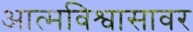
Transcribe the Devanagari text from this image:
आत्मविश्वासावर